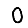
Digit: 0